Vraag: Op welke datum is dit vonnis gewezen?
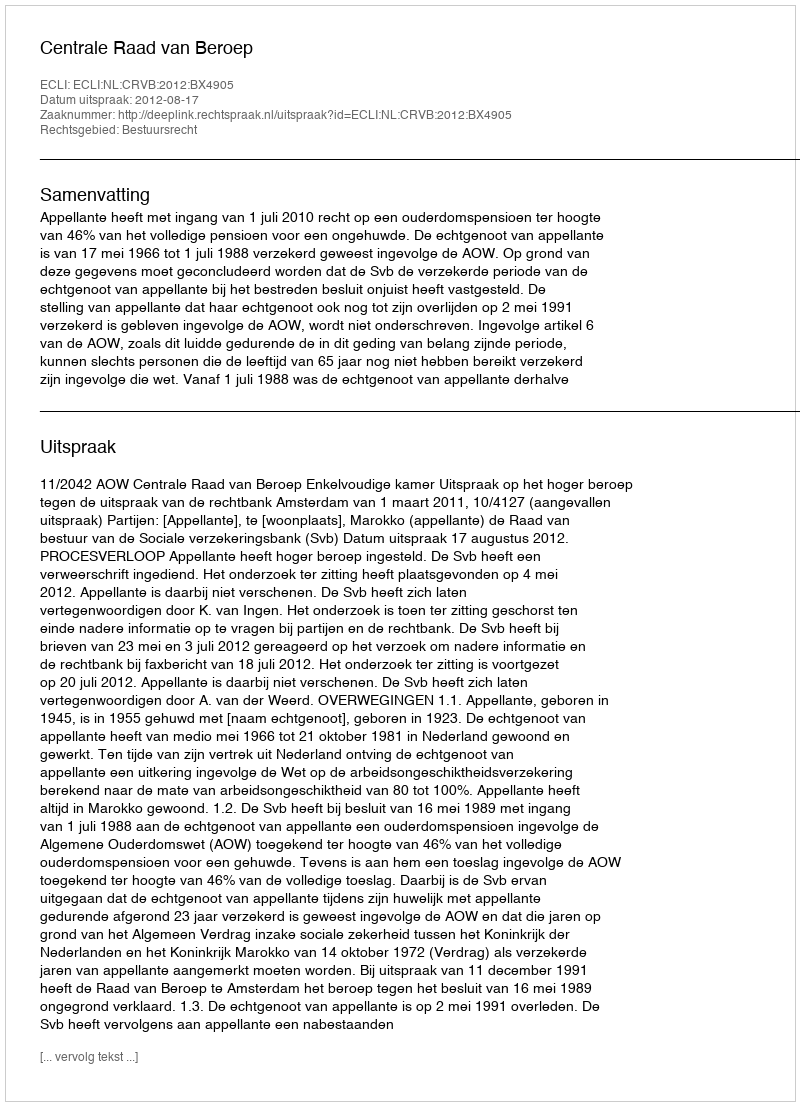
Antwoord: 2012-08-17